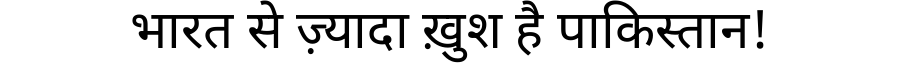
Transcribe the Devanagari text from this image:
भारत से ज़्यादा ख़ुश है पाकिस्तान!